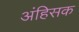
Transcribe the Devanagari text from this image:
अंहिसक